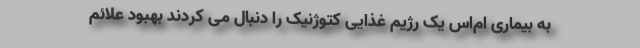
به بیماری ام‌اس یک رژیم غذایی کتوژنیک را دنبال می کردند بهبود علائم